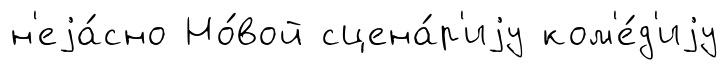
н'еjа́сно Но́вой сцена́р'иjу ком'е́д'иjу